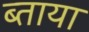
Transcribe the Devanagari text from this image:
ब्ताया